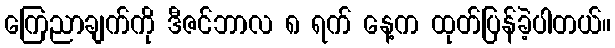
ကြေညာချက်ကို ဒီဇင်ဘာလ ၈ ရက် နေ့က ထုတ်ပြန်ခဲ့ပါတယ်။